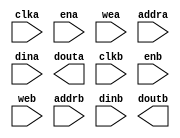
module xilinx_ddr2_if_cache(
	clka,
	ena,
	wea,
	addra,
	dina,
	douta,
	clkb,
	enb,
	web,
	addrb,
	dinb,
	doutb);


input clka;
input ena;
input [3 : 0] wea;
input [11 : 0] addra;
input [31 : 0] dina;
output [31 : 0] douta;
input clkb;
input enb;
input [15 : 0] web;
input [9 : 0] addrb;
input [127 : 0] dinb;
output [127 : 0] doutb;

// synthesis translate_off

      BLK_MEM_GEN_V3_1 #(
		.C_ADDRA_WIDTH(12),
		.C_ADDRB_WIDTH(10),
		.C_ALGORITHM(1),
		.C_BYTE_SIZE(8),
		.C_COMMON_CLK(0),
		.C_DEFAULT_DATA("0"),
		.C_DISABLE_WARN_BHV_COLL(0),
		.C_DISABLE_WARN_BHV_RANGE(0),
		.C_FAMILY("virtex5"),
		.C_HAS_ENA(1),
		.C_HAS_ENB(1),
		.C_HAS_INJECTERR(0),
		.C_HAS_MEM_OUTPUT_REGS_A(0),
		.C_HAS_MEM_OUTPUT_REGS_B(0),
		.C_HAS_MUX_OUTPUT_REGS_A(0),
		.C_HAS_MUX_OUTPUT_REGS_B(0),
		.C_HAS_REGCEA(0),
		.C_HAS_REGCEB(0),
		.C_HAS_RSTA(0),
		.C_HAS_RSTB(0),
		.C_INITA_VAL("0"),
		.C_INITB_VAL("0"),
		.C_INIT_FILE_NAME("no_coe_file_loaded"),
		.C_LOAD_INIT_FILE(0),
		.C_MEM_TYPE(2),
		.C_MUX_PIPELINE_STAGES(0),
		.C_PRIM_TYPE(1),
		.C_READ_DEPTH_A(4096),
		.C_READ_DEPTH_B(1024),
		.C_READ_WIDTH_A(32),
		.C_READ_WIDTH_B(128),
		.C_RSTRAM_A(0),
		.C_RSTRAM_B(0),
		.C_RST_PRIORITY_A("CE"),
		.C_RST_PRIORITY_B("CE"),
		.C_RST_TYPE("SYNC"),
		.C_SIM_COLLISION_CHECK("ALL"),
		.C_USE_BYTE_WEA(1),
		.C_USE_BYTE_WEB(1),
		.C_USE_DEFAULT_DATA(0),
		.C_USE_ECC(0),
		.C_WEA_WIDTH(4),
		.C_WEB_WIDTH(16),
		.C_WRITE_DEPTH_A(4096),
		.C_WRITE_DEPTH_B(1024),
		.C_WRITE_MODE_A("WRITE_FIRST"),
		.C_WRITE_MODE_B("WRITE_FIRST"),
		.C_WRITE_WIDTH_A(32),
		.C_WRITE_WIDTH_B(128),
		.C_XDEVICEFAMILY("virtex5"))
	inst (
		.CLKA(clka),
		.ENA(ena),
		.WEA(wea),
		.ADDRA(addra),
		.DINA(dina),
		.DOUTA(douta),
		.CLKB(clkb),
		.ENB(enb),
		.WEB(web),
		.ADDRB(addrb),
		.DINB(dinb),
		.DOUTB(doutb),
		.RSTA(),
		.REGCEA(),
		.RSTB(),
		.REGCEB(),
		.INJECTSBITERR(),
		.INJECTDBITERR(),
		.SBITERR(),
		.DBITERR(),
		.RDADDRECC());


// synthesis translate_on

// XST black box declaration
// box_type "black_box"
// synthesis attribute box_type of ml501_ddr2_if_cache is "black_box"

endmodule